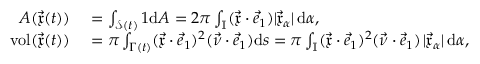
\begin{array} { r l } { A ( \vec { \mathfrak { x } } ( t ) ) } & { { } = \int _ { \mathcal { S } ( t ) } 1 \mathrm { d } A = 2 \pi \int _ { \mathbb { I } } ( \vec { \mathfrak { x } } \cdot \vec { e } _ { 1 } ) | \vec { \mathfrak { x } } _ { \alpha } | \, \mathrm { d } \alpha , } \\ { \operatorname { v o l } ( \vec { \mathfrak { x } } ( t ) ) } & { { } = \pi \int _ { \Gamma ( t ) } ( \vec { \mathfrak { x } } \cdot \vec { e } _ { 1 } ) ^ { 2 } ( \vec { \nu } \cdot \vec { e } _ { 1 } ) \mathrm { d } s = \pi \int _ { \mathbb { I } } ( \vec { \mathfrak { x } } \cdot \vec { e } _ { 1 } ) ^ { 2 } ( \vec { \nu } \cdot \vec { e } _ { 1 } ) \, | \vec { \mathfrak { x } } _ { \alpha } | \, \mathrm { d } \alpha , } \end{array}